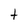
Character: t